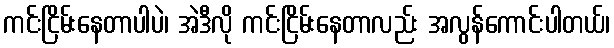
ကင်းငြိမ်းနေတာပါပဲ၊ အဲဒီလို ကင်းငြိမ်းနေတာလည်း အလွန်ကောင်းပါတယ်၊